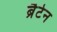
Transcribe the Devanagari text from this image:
ब्रैटेन